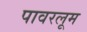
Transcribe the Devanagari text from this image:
पावरलूम